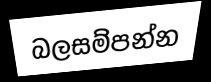
බලසම්පන්න